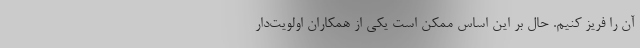
آن را فریز کنیم. حال بر این اساس ممکن است یکی از همکاران اولویت‌دار